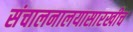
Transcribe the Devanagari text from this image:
संचालनालयासारखीच